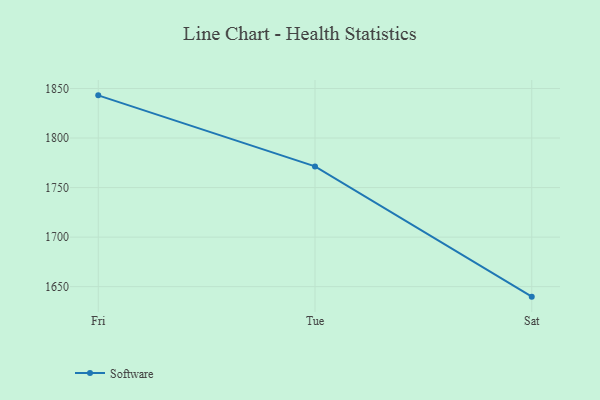
{"axis": {"x": "Day", "y": "Net Income (USD K)"}, "legend": ["Software"], "data": [{"x": "Fri", "y": 1843.1, "type": "Software"}, {"x": "Tue", "y": 1771.4, "type": "Software"}, {"x": "Sat", "y": 1639.9, "type": "Software"}]}